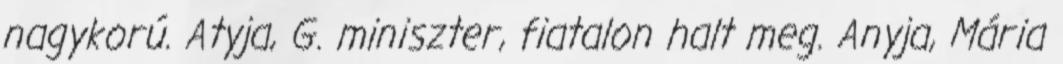
nagykorú. Atyja, G. miniszter, fiatalon halt meg. Anyja, Mária